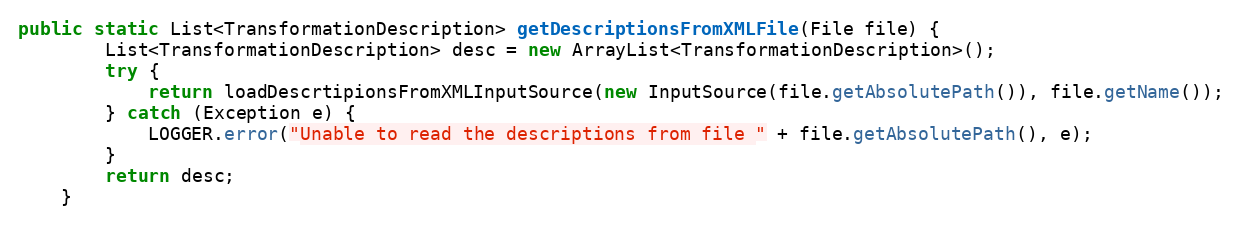
Language: Java
public static List<TransformationDescription> getDescriptionsFromXMLFile(File file) {
        List<TransformationDescription> desc = new ArrayList<TransformationDescription>();
        try {
            return loadDescrtipionsFromXMLInputSource(new InputSource(file.getAbsolutePath()), file.getName());
        } catch (Exception e) {
            LOGGER.error("Unable to read the descriptions from file " + file.getAbsolutePath(), e);
        }
        return desc;
    }